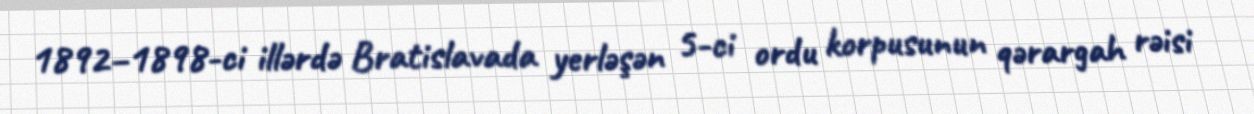
1892–1898-ci illərdə Bratislavada yerləşən 5-ci ordu korpusunun qərargah rəisi